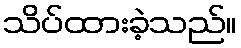
သိပ်ထားခဲ့သည်။